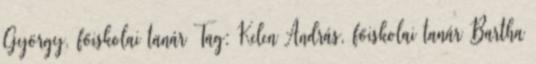
György, főiskolai tanár Tag: Kelen András, főiskolai tanár Bartha